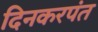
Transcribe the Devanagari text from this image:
दिनकरपंत